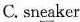
C. sn\underline{ea}ker